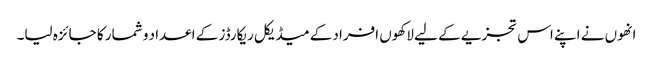
انھوں نے اپنے اس تجزیے کے لیے لاکھوں افراد کے میڈیکل ریکارڈز کے اعداد و شمار کا جائزہ لیا۔